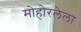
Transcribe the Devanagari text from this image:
मोहोरलेला